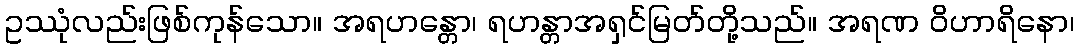
ဥဿုံလည်းဖြစ်ကုန်သော။ အရဟန္တော၊ ရဟန္တာအရှင်မြတ်တို့သည်။ အရဏ ဝိဟာရိနော၊